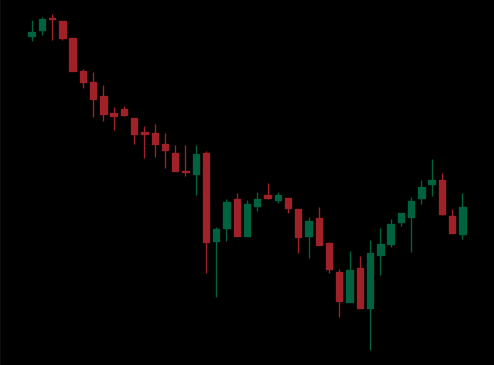
Pattern: bull_flag